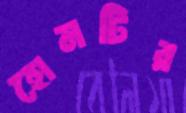
হোমটির